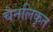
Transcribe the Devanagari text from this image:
चैनलिकृत